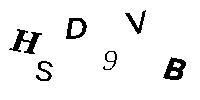
HSD9VB